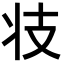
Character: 𭣖